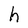
Character: h